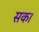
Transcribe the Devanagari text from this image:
सक।